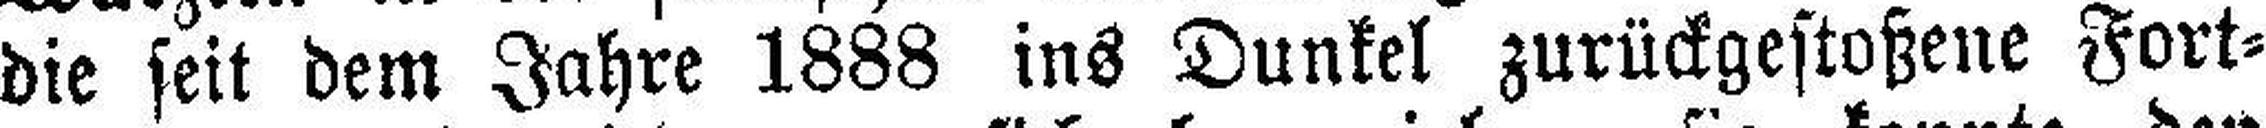
die seit dem Jahre 1888 ins Dunkel zurückgestoßene Fort¬